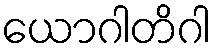
ယောဂါတိဂါ